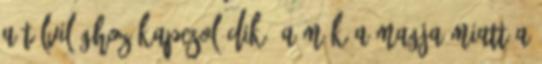
a túlvilághoz kapcsolódik. A mák a magja miatt a